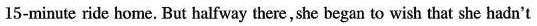
15-minute ride home. But halfway there, she began to wish that she hadn't